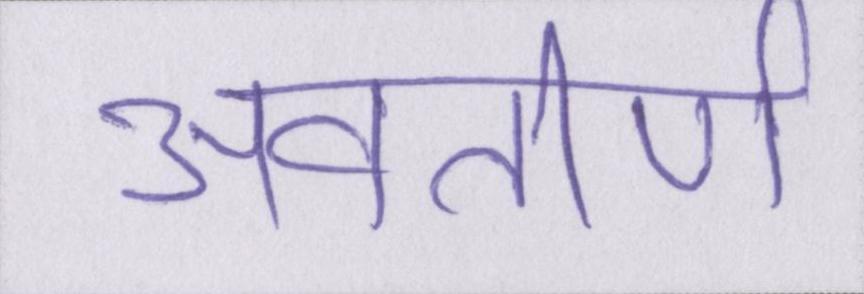
अवतीर्ण